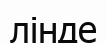
лінде